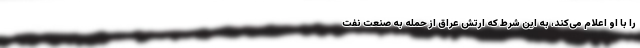
را با او اعلام می‌کند، به این شرط که ارتش عراق از حمله به صنعت نفت